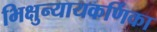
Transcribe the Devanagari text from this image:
भिक्षुन्यायकर्णिका